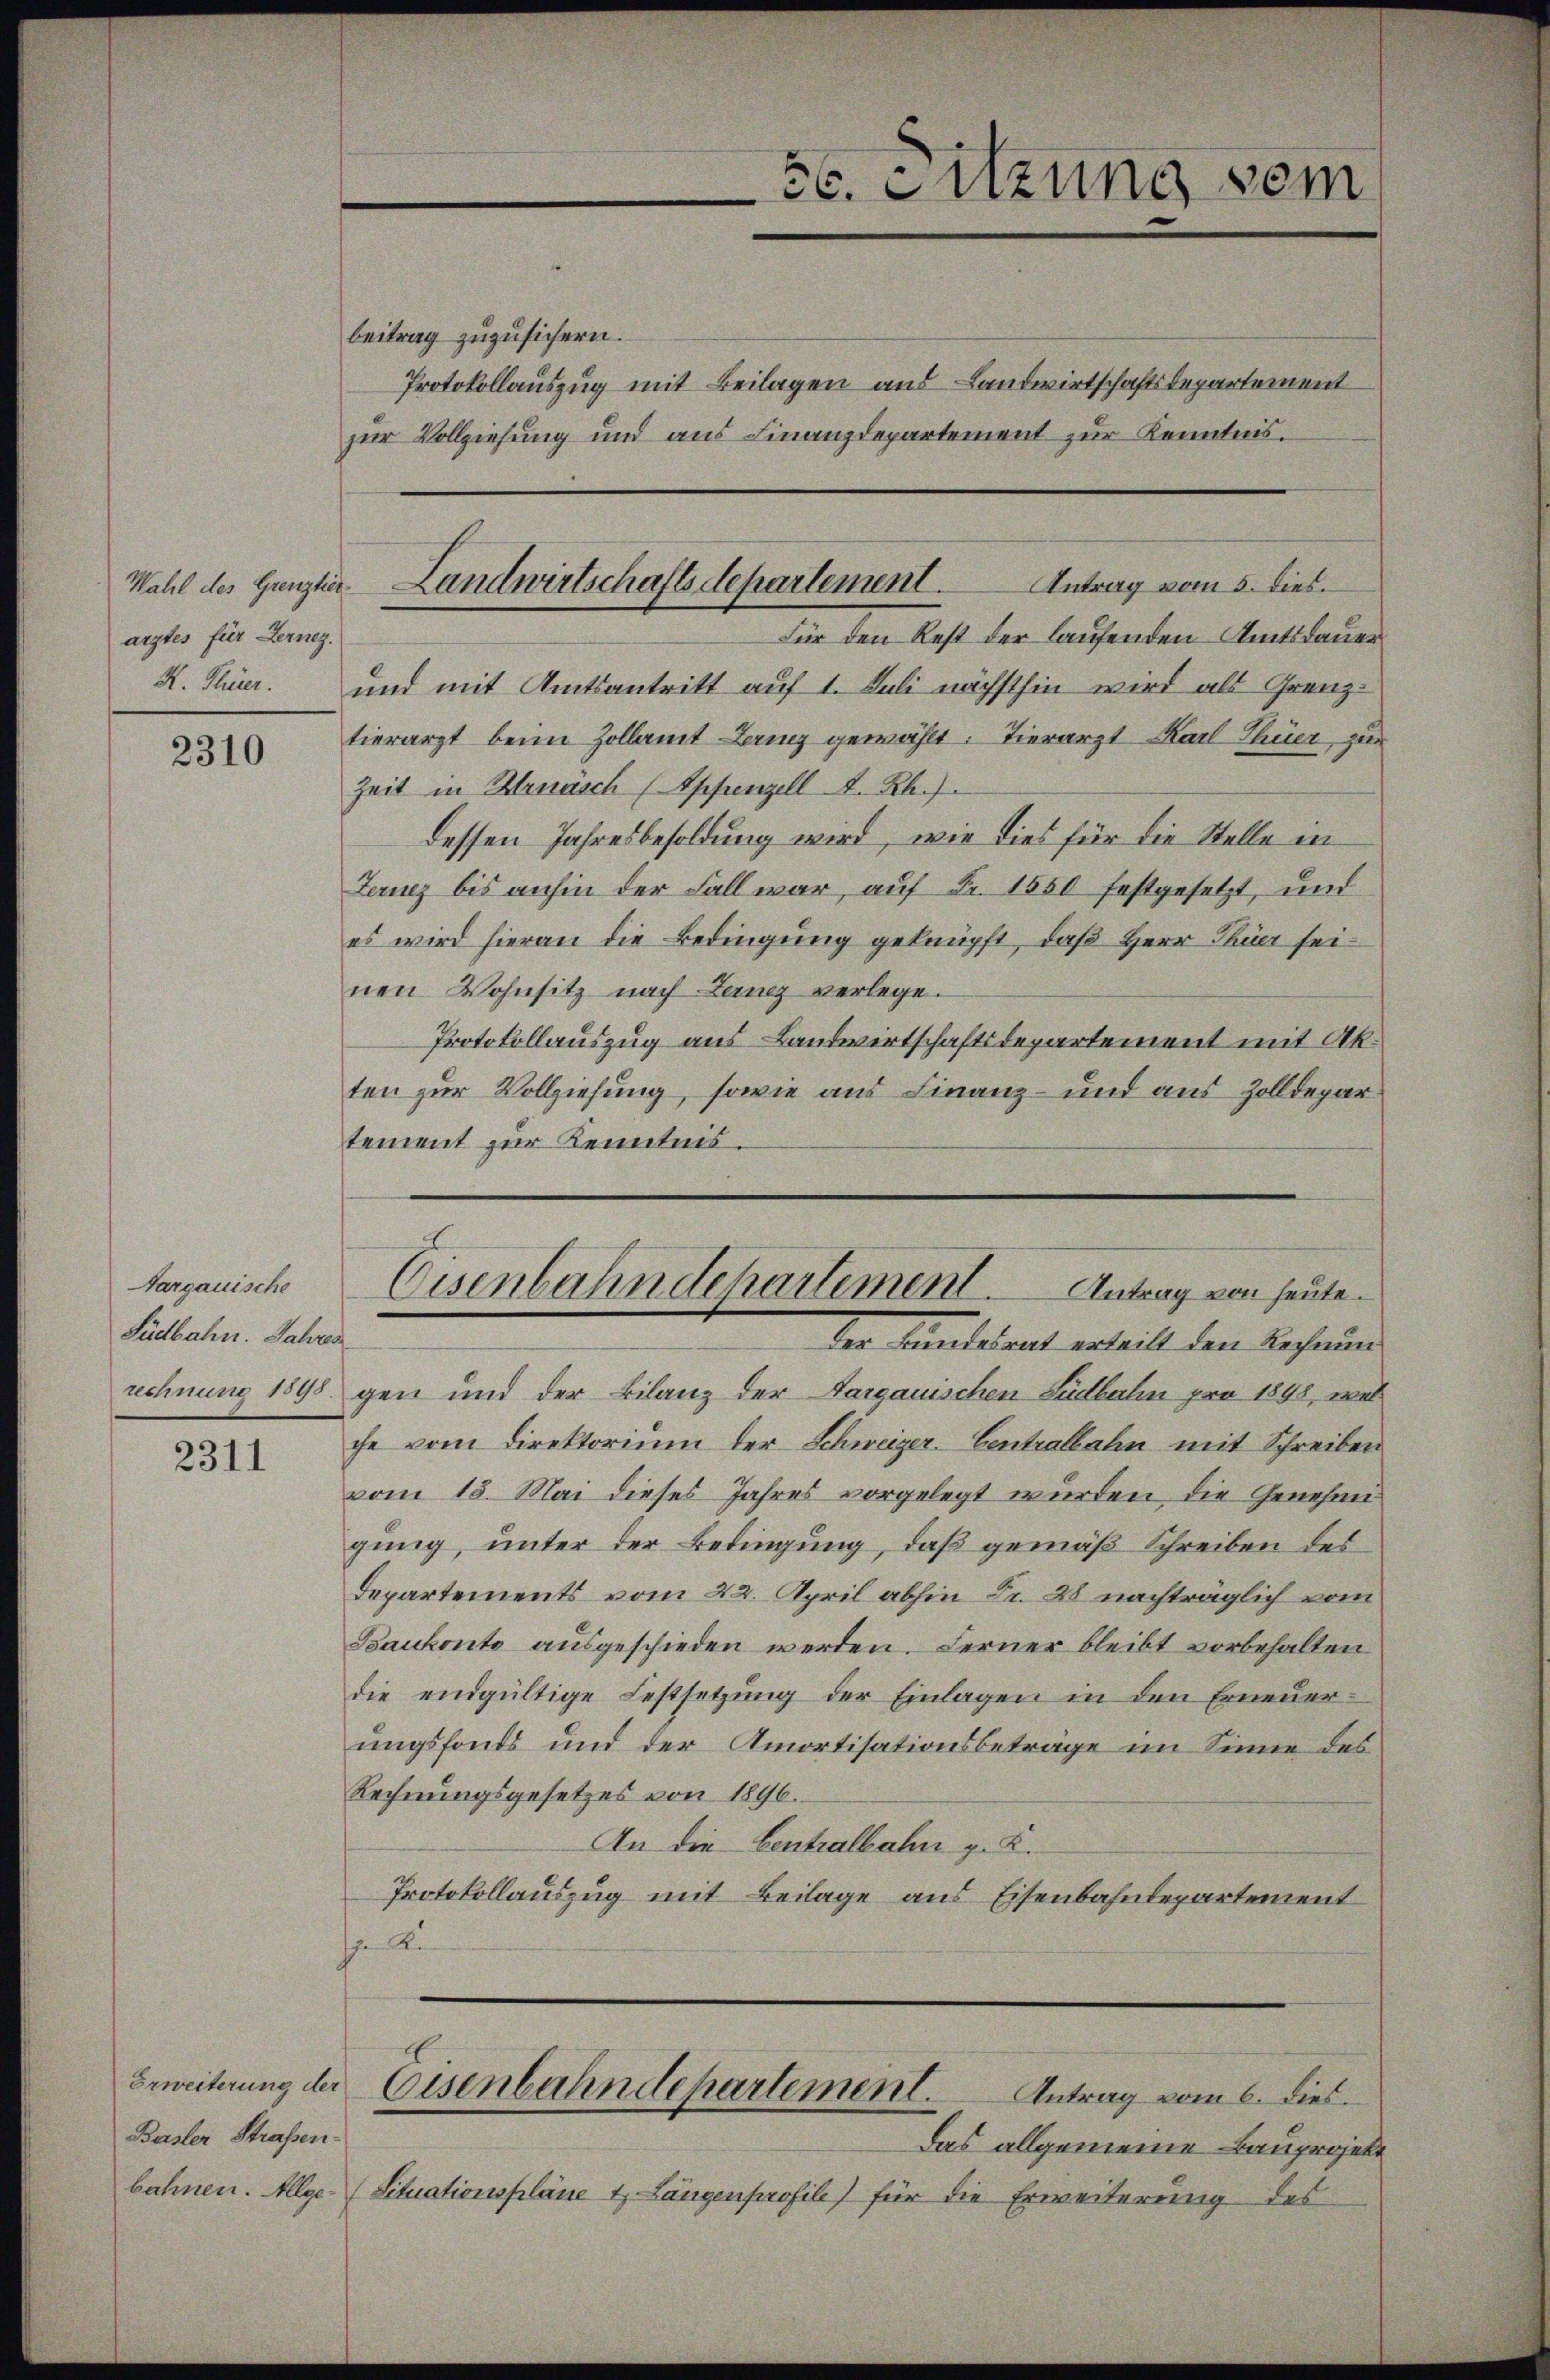
arztes für Lerneg.

2310

Aargauische
Südbahn. Jahres
rechnung 1898

2311

Basler Straßen.

beitrag zuzusichern.
Protokollauszug mit Beilagen aus Landwirtschaftsdepartement
zur Vollziehung und aus Finanzdepartement zur Kenntnis.
Für den Rest der laufenden Amtsdauer
K. Thier. und mit Amtsantritt auf 1. Juli nächsthin wird als Grenztierarzt beim Zollamt Bericz gewählt. Tierarzt Karl Thier, zur
Zeit in Mensch (Appenzell A. Rh.)
dessen Jahresbesoldung wird, wie dies für die Stelle in
Leruz bis anhin der Fall war, auf Fr. 1550 festgesetzt, und
es wird hieran die Bedingung geknüpft, daß Herr Thier seinen Wohnsitz nach Lerner verlege.
Protokollauszug aus Landwirtschaftsdepartement mit Akten zur Vollziehung, sowie aus Finanz- und aus Zolldepar
tement zur Kenntnis.

56. Sitzung vom

Antrag vom 5. dies.
Wahl des Grenzte Landwirtschaftsdepartement.

Eisenbahndehartement. Antrag von heute.
der Landesrat erteilt den Rechnung

gen und der Bilanz der Sargauischen Südbahn pro 1898, wel
che vom Direktorium der Schweizer-Centralbahn mit Schreiben
vom 15. Mai dieses Jahres vorgelegt wurden, die Genehmigung, unter der Bedingung, daß gemäß Schreiben des
Departements vom 22. April abhin Fr. 28 nachträglich vom
Baukonto ausgeschieden werden. Ferner bleibt vorbehalten
die endgültige Festsetzŭng der Einlagen in den Erneŭer-
ungsfonds und der Amortisationsbeträge im Sinne des
Rechnungsgesetzes von 1896.
An die Centralbahn z. K.
Protokollauszug mit Beilage aus Eisenbahndepartement
 Re
Erweiterung der Eisenbahndepartement.
Antrag vom 6. dies
Das allgemeine Bauprojekt
bahnen. Allge- (Situationspläne u. Längenprofile) für die Erweiterung des